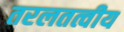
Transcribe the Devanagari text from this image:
तरलतत्वीय